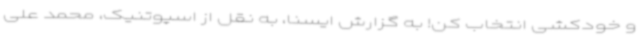
و خودکشی انتخاب کن! به گزارش ایسنا، به نقل از اسپوتنیک، محمد علی